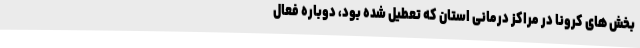
بخش های کرونا در مراکز درمانی استان که تعطیل شده بود، دوباره فعال